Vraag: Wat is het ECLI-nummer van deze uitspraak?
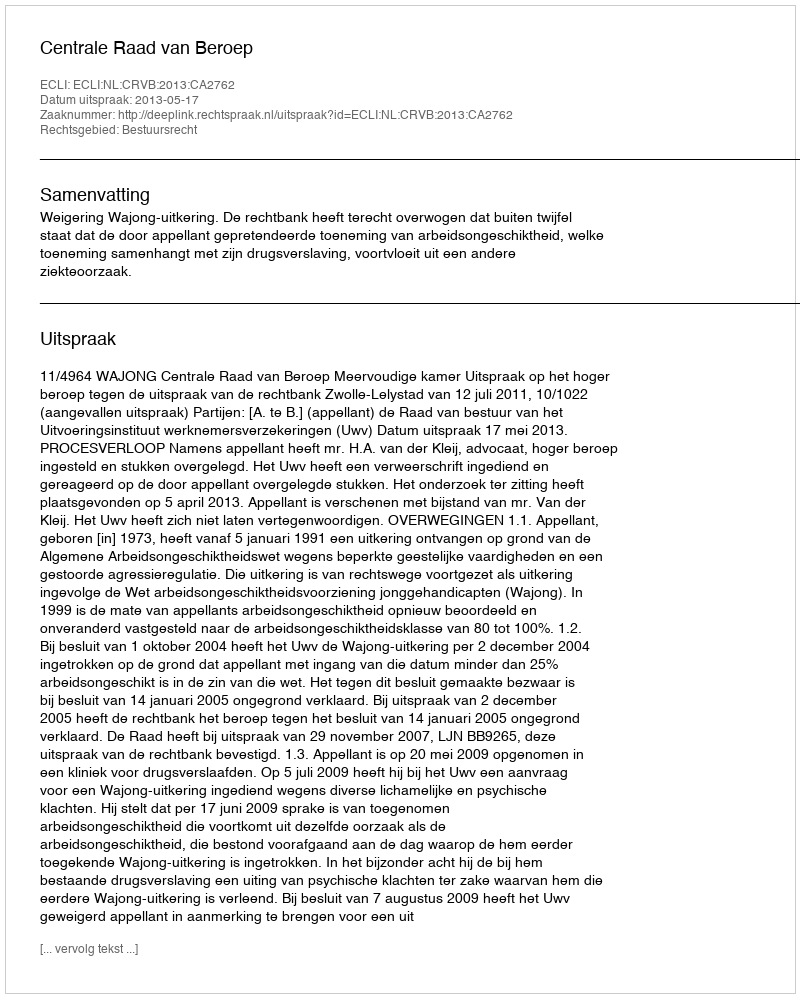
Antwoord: ECLI:NL:CRVB:2013:CA2762